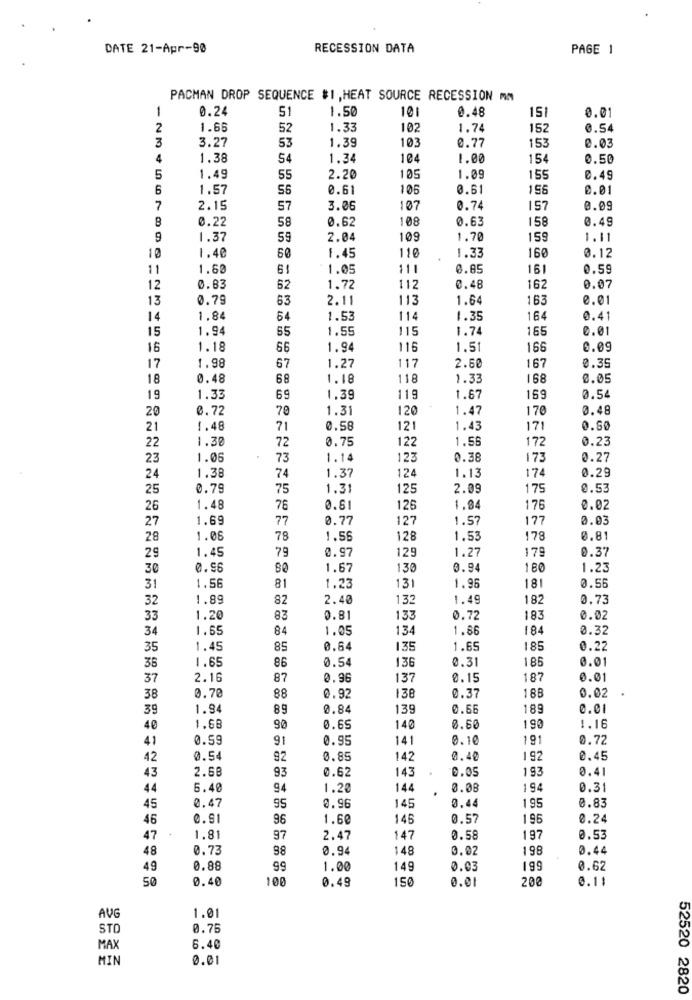
DATE 21-Apr-90
RECESSION DATA
PAGE 1
PACMAN DROP SEQUENCE #1 , HEAT SOURCE RECESSION mm
1
0.24
51
1.50
101
0.48
151
0.01
2
1.66
52
1.33
102
1.74
152
0.54
3
3.27
1.39
103
0.77
153
53
0.03
4
1.38
54
1.34
104
1.00
154
0.50
5
1.49
55
2.20
105
1.09
155
0.49
6
1.57
56
0.61
105
0.61
155
0.01
7
2.15
57
3.06
107
0.74
157
0.09
8
0.22
58
0.62
108
0.63
158
0.49
9
1.37
59
2.04
109
1.70
159
1.11
10
1.40
60
1.45
110
1.33
160
0.12
11
1.60
6!
1.05
111
0.85
161
0.59
0.83
12
62
1.72
112
0.48
162
0.07
13
0.79
63
2.11
113
1.64
163
e.01
14
1.84
64
1.53
114
1.35
164
0.41
15
1.94
65
1.55
115
1.74
165
0.01
16
1.18
66
1.94
115
1.51
166
0.09
167
17
1.98
67
1.27
117
2.60
0.35
18
0.48
68
1.18
118
1.33
168
0.05
19
1.33
69
1.39
119
1.67
159
0.54
20
0.72
70
1.31
120
1.47
170
0.48
21
1.48
71
0.58
121
1.43
171
0.50
22
1.38
72
0.75
122
1.56
172
0.23
23
1.06
73
1.14
123
0.38
173
0.27
74
124
174
0.29
24
1.38
1.37
1.13
25
0.79
75
1.31
125
2.09
175
0.53
26
1.48
76
0.61
126
1.84
176
0.02
27
1.69
77
0.77
127
1.57
177
0.03
28
1.06
78
1.56
128
1.53
178
0.81
1.45
79
0.97
179
0.37
29
129
1.27
30
0.96
80
1.67
130
0.94
180
1.23
181
0.56
31
1.56
81
1.23
131
1.96
32
1.89
82
2.40
132
1.49
182
0.73
33
1.20
83
0.81
133
0.72
183
0.02
34
1.65
84
1.05
134
1.86
184
0.32
35
1.45
85
0.64
135
1.65
185
0.22
1.65
86
0.54
136
0.31
186
0.01
36
37
2.16
87
0.96
137
0.15
187
0.01
130
18
38
0.70
88
0.92
0.37
0.02 .
39
1.94
89
0.84
139
0.66
189
40
1.68
90
0.65
140
0.60
190
1.16
41
0.59
91
0.95
141
0.10
191
0.72
42
0.54
92
0.85
142
0.40
192
0.45
2.68
93
0.62
143
0.05
193
0.41
43
44
5.40
94
1.22
144
0.08
194
0.31
195
45
0.47
95
0.96
145
0.44
0.83
46
e.s
96
1.60
14
0.57
195
0.24
47
1.81
97
2.47
147
0.58
197
0.53
48
0.73
88
0.94
148
0.02
198
0.44
49
0.88
99
1.00
149
0.03
0.62
50
0.40
100
0.49
150
0.01
200
0.11
AVG
1.01
STO
0.75
MAX
6.40
MIN
0.01
52520 2820